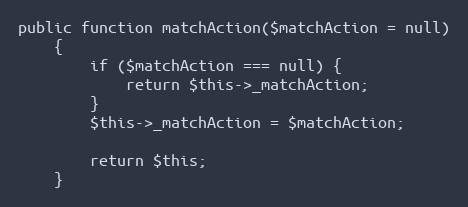
Language: PHP
public function matchAction($matchAction = null)
    {
        if ($matchAction === null) {
            return $this->_matchAction;
        }
        $this->_matchAction = $matchAction;

        return $this;
    }